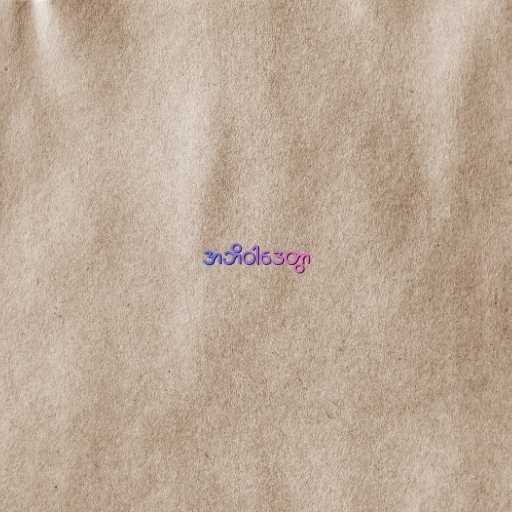
အဘိဝါဒေတွာ